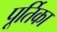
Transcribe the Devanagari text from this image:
पूर्तिका